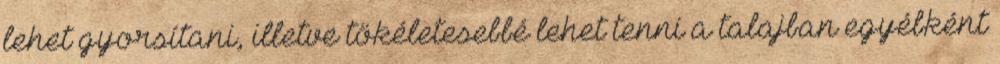
lehet gyorsítani, illetve tökéletesebbé lehet tenni a talajban egyébként